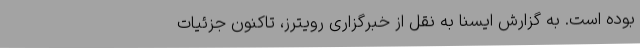
بوده است. به گزارش ایسنا به نقل از خبرگزاری رویترز، تاکنون جزئیات